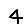
Digit: 4